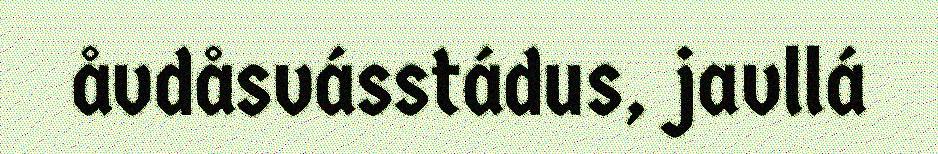
åvdåsvásstádus, javllá